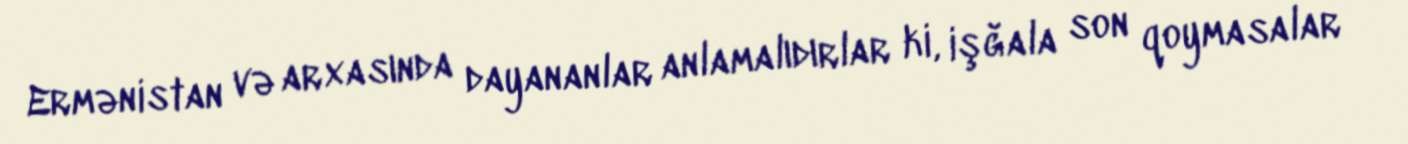
Ermənistan və arxasında dayananlar anlamalıdırlar ki, işğala son qoymasalar